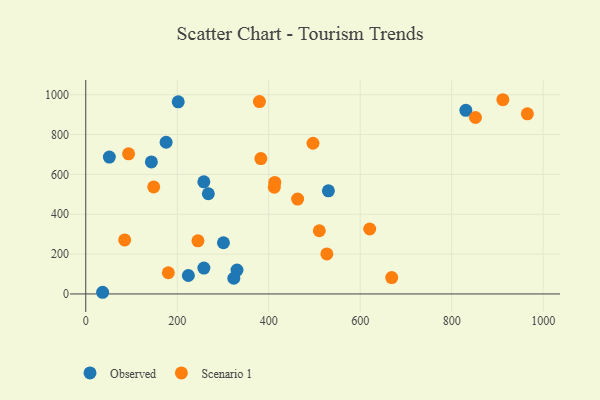
{"axis": {"x": "Ad Spend", "y": "Yield"}, "legend": ["Observed", "Scenario 1"], "data": [{"x": "831.0", "y": 921.6, "type": "Observed"}, {"x": "258.2", "y": 562.6, "type": "Observed"}, {"x": "530.5", "y": 517.6, "type": "Observed"}, {"x": "301.0", "y": 257.1, "type": "Observed"}, {"x": "330.7", "y": 119.7, "type": "Observed"}, {"x": "175.7", "y": 761.5, "type": "Observed"}, {"x": "51.6", "y": 686.9, "type": "Observed"}, {"x": "143.5", "y": 662.8, "type": "Observed"}, {"x": "36.9", "y": 8.4, "type": "Observed"}, {"x": "268.0", "y": 502.9, "type": "Observed"}, {"x": "202.2", "y": 964.5, "type": "Observed"}, {"x": "224.3", "y": 92.7, "type": "Observed"}, {"x": "323.7", "y": 78.8, "type": "Observed"}, {"x": "258.3", "y": 129.8, "type": "Observed"}, {"x": "148.6", "y": 537.2, "type": "Scenario 1"}, {"x": "668.9", "y": 82.3, "type": "Scenario 1"}, {"x": "620.8", "y": 325.9, "type": "Scenario 1"}, {"x": "413.3", "y": 560.0, "type": "Scenario 1"}, {"x": "965.5", "y": 904.1, "type": "Scenario 1"}, {"x": "93.6", "y": 703.2, "type": "Scenario 1"}, {"x": "463.2", "y": 476.4, "type": "Scenario 1"}, {"x": "85.1", "y": 271.4, "type": "Scenario 1"}, {"x": "496.8", "y": 756.4, "type": "Scenario 1"}, {"x": "911.9", "y": 974.9, "type": "Scenario 1"}, {"x": "852.0", "y": 885.6, "type": "Scenario 1"}, {"x": "180.5", "y": 106.3, "type": "Scenario 1"}, {"x": "379.7", "y": 965.6, "type": "Scenario 1"}, {"x": "245.3", "y": 266.7, "type": "Scenario 1"}, {"x": "510.6", "y": 317.3, "type": "Scenario 1"}, {"x": "527.1", "y": 200.8, "type": "Scenario 1"}, {"x": "382.8", "y": 679.5, "type": "Scenario 1"}, {"x": "412.2", "y": 535.6, "type": "Scenario 1"}]}